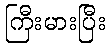
ကြီးမားပြီး